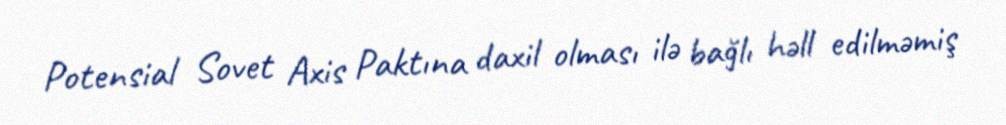
Potensial Sovet Axis Paktına daxil olması ilə bağlı həll edilməmiş